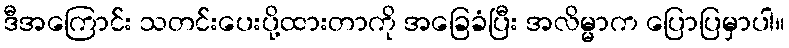
ဒီအကြောင်း သတင်းပေးပို့ထားတာကို အခြေခံပြီး အလိမ္မာက ပြောပြမှာပါ။